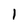
Character: I